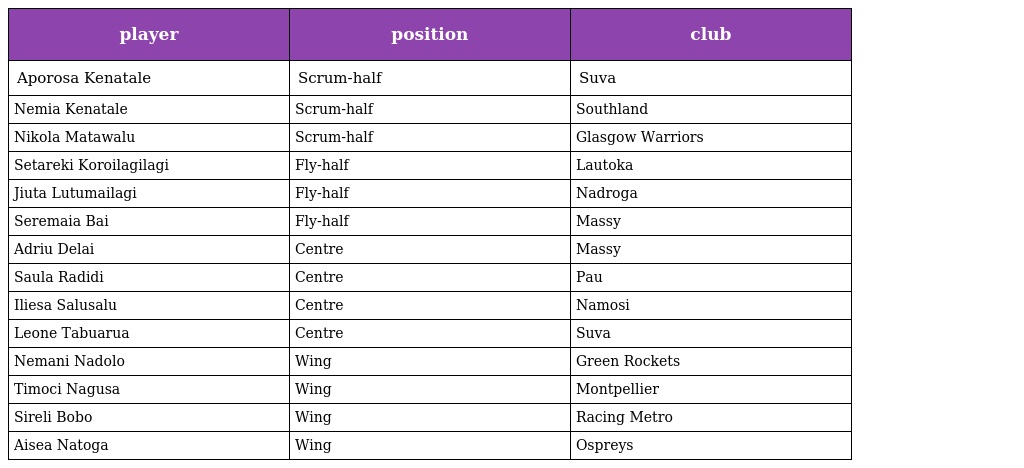
| player | position | club |
 | --- | --- | --- |
 | Aporosa Kenatale | Scrum-half | Suva |
 | Nemia Kenatale | Scrum-half | Southland |
 | Nikola Matawalu | Scrum-half | Glasgow Warriors |
 | Setareki Koroilagilagi | Fly-half | Lautoka |
 | Jiuta Lutumailagi | Fly-half | Nadroga |
 | Seremaia Bai | Fly-half | Massy |
 | Adriu Delai | Centre | Massy |
 | Saula Radidi | Centre | Pau |
 | Iliesa Salusalu | Centre | Namosi |
 | Leone Tabuarua | Centre | Suva |
 | Nemani Nadolo | Wing | Green Rockets |
 | Timoci Nagusa | Wing | Montpellier |
 | Sireli Bobo | Wing | Racing Metro |
 | Aisea Natoga | Wing | Ospreys |